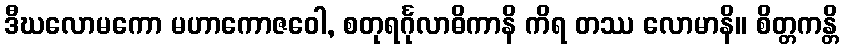
ဒီဃလောမကော မဟာကောဇဝေါ, စတုရင်္ဂုလာဓိကာနိ ကိရ တဿ လောမာနိ။ စိတ္တကန္တိ